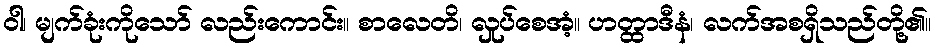
ဝါ၊ မျက်ခုံးကိုသော် လည်းကောင်း။ စာလေတိ၊ လှုပ်စေအံ့။ ဟတ္ထာဒီနံ၊ လက်အစရှိသည်တို့၏။